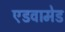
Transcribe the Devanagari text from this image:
एडवामेड